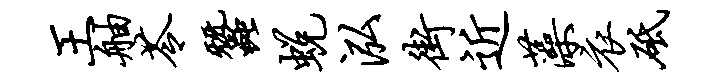
王舳苓蚕蜕泓街近藻衣砥